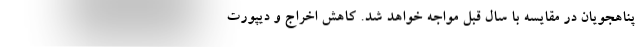
پناهجویان در مقایسه با سال قبل مواجه خواهد شد. کاهش اخراج و دیپورت